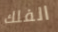
الفلك